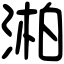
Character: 湐